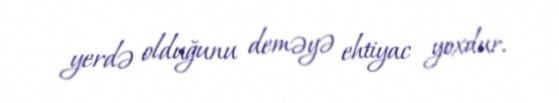
yerdə olduğunu deməyə ehtiyac yoxdur.